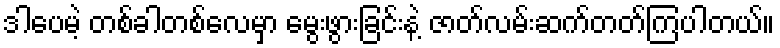
ဒါပေမဲ့ တစ်ခါတစ်လေမှာ မွေးဖွားခြင်းနဲ့ ဇာတ်လမ်းဆက်တတ်ကြပါတယ်။